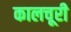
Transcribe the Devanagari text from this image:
कालचूरी